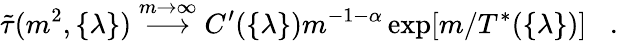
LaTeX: \tilde{\tau}(m^{2},\{ \lambda\} )\stackrel{m\rightarrow\infty}{\longrightarrow}C^{\prime}(\{ \lambda\} )m^{-1-\alpha}\exp[m/T^{*}(\{ \lambda\} )]\; \; \; .